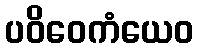
ပဝိဝေကံယေဝ